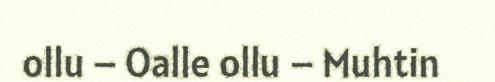
ollu – Oalle ollu – Muhtin